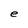
Character: e